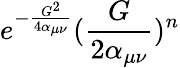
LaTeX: e^{-\frac{G^{2}}{4\alpha_{\mu\nu}}}(\frac{G}{2\alpha_{\mu\nu}})^{n}